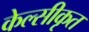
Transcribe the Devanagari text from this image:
केल्सीकृत